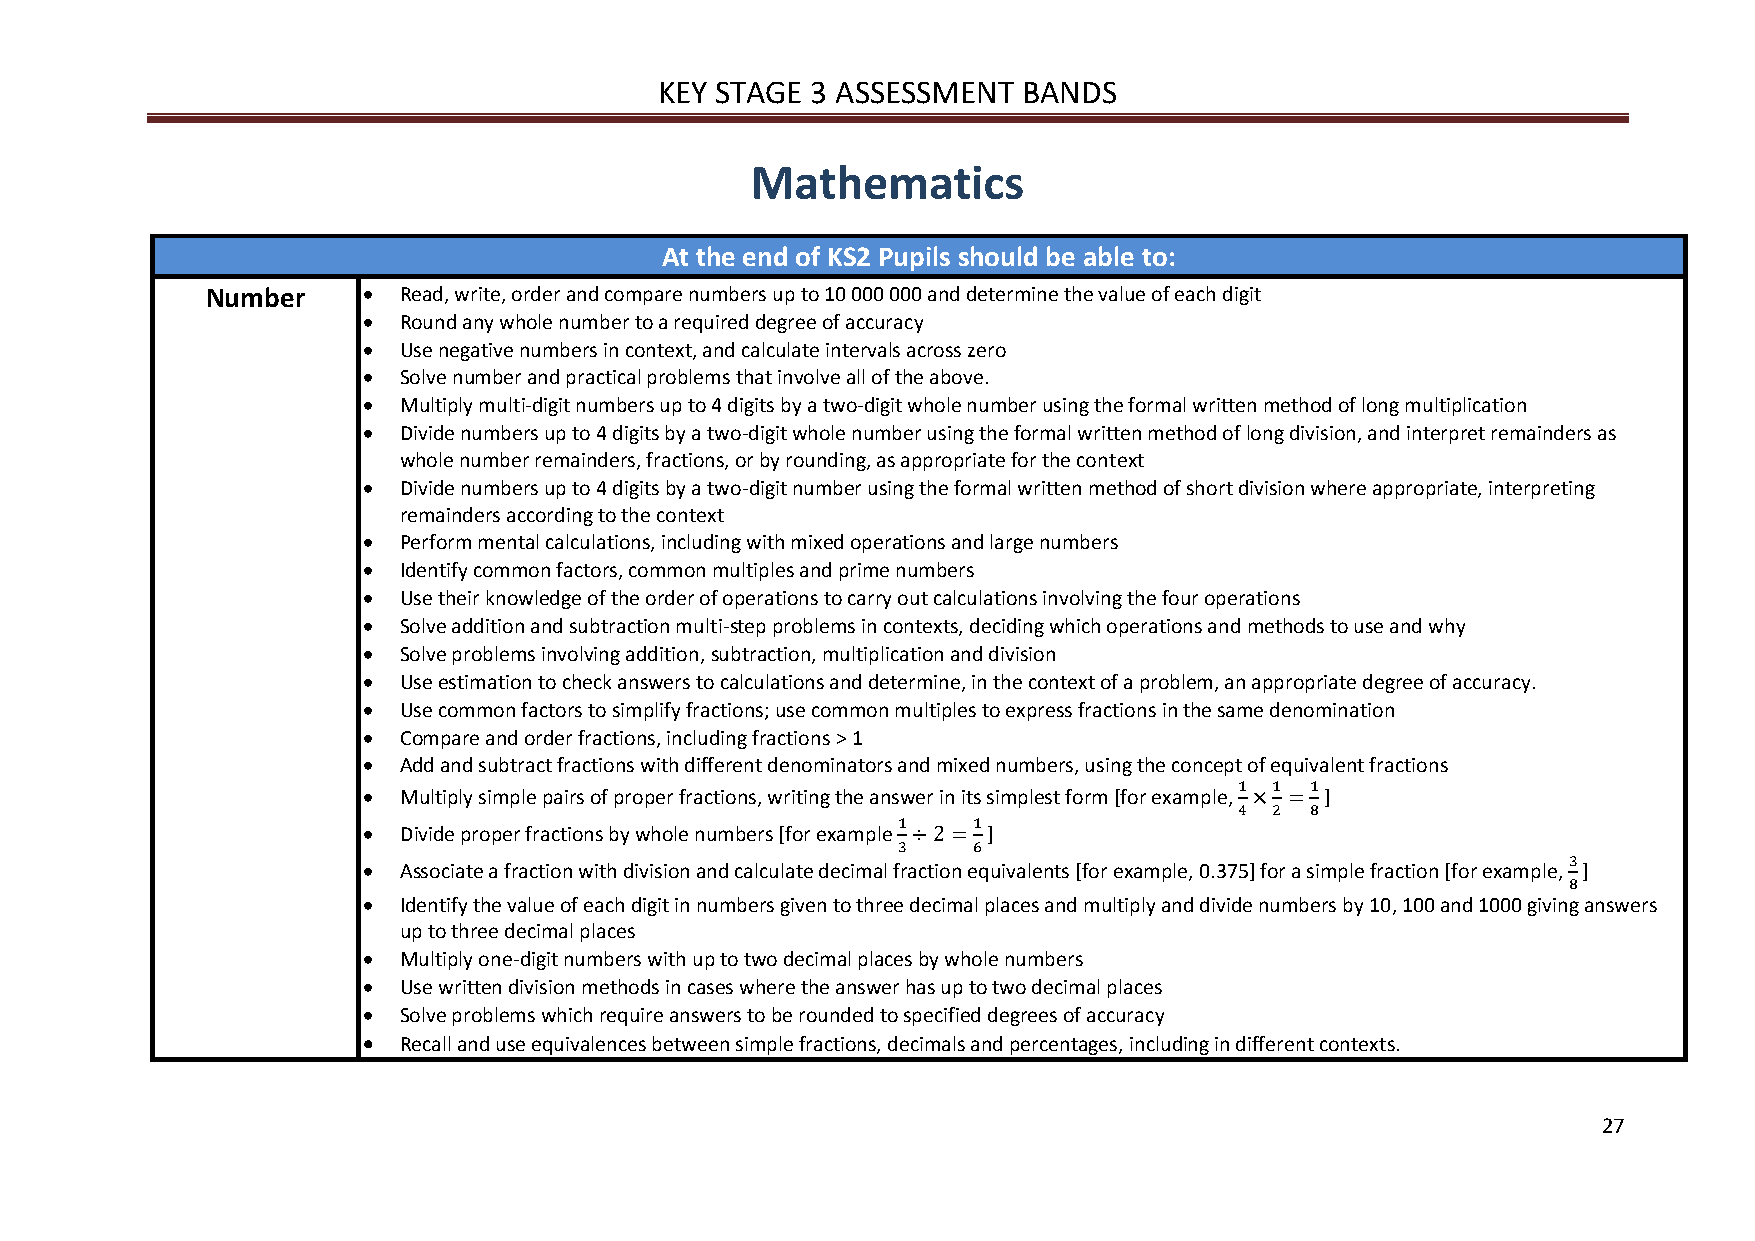
KEY STAGE 3 ASSESSMENT  BANDS
 Mathematics
 At the end of KS2 Pupils should be able to:
 Number    • Read, write, order and compare numbers up to 10 000 000 and determine the value of each digit
 • Round any whole number to a required degree of accuracy
 • Use negative numbers in context, and calculate intervals across zero
 • Solve number and practical problems that involve all of the above.
 • Multiply multi-digit numbers up to 4 digits by a two-digit whole number using the formal written method of long multiplication
 • Divide numbers up to 4 digits by a two-digit whole number using the formal written method of long division, and interpret remainders as
 whole number remainders, fractions, or by rounding, as appropriate for the context
 • Divide numbers up to 4 digits by a two-digit number using the formal written method of short division where appropriate, interpreting
 remainders according to the context
 • Perform mental calculations, including with mixed operations and large numbers
 • Identify common factors, common multiples and prime numbers
 • Use their knowledge of the order of operations to carry out calculations involving the four operations
 • Solve addition and subtraction multi-step problems in contexts, deciding which operations and methods to use and why
 • Solve problems involving addition, subtraction, multiplication and division
 • Use estimation to check answers to calculations and determine, in the context of a problem, an appropriate degree of accuracy.
 • Use common factors to simplify fractions; use common multiples to express fractions in the same denomination
 • Compare and order fractions, including fractions > 1
 • Add and subtract fractions with different denominators and mixed numbers, using the concept of equivalent fractions
 • Multiply simple pairs of proper fractions, writing the answer in its simplest form [for example, ]
 1 1  1
 • Divide proper fractions by whole numbers [for example ]
 4×2=8
 1    1
 • Associate a fraction with division and calculate decimal fraction equivalents [for example, 0.375] for a simple fraction [for example, ]
 3÷2=6
 • Identify the value of each digit in numbers given to three decimal places and multiply and divide numbers by 10, 100 and 1000 givin3 g answers
 8
 up to three decimal places
 • Multiply one-digit numbers with up to two decimal places by whole numbers
 • Use written division methods in cases where the answer has up to two decimal places
 • Solve problems which require answers to be rounded to specified degrees of accuracy
 • Recall and use equivalences between simple fractions, decimals and percentages, including in different contexts.
 27